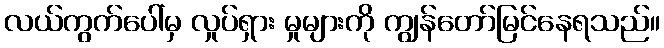
လယ်ကွက်ပေါ်မှ လှုပ်ရှား မှုများကို ကျွန်တော်မြင်နေရသည်။